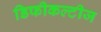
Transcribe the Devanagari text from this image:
डिफीकल्टीज